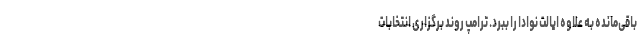
باقی‌مانده به علاوه ایالت نوادا را ببرد. ترامپ روند برگزاری انتخابات